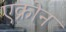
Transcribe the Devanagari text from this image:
एक्रोन